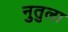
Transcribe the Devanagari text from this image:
नुतुला